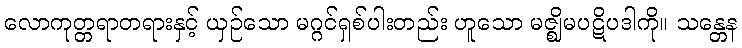
လောကုတ္တရာတရားနှင့် ယှဉ်သော မဂ္ဂင်ရှစ်ပါးတည်း ဟူသော မဇ္ဈိမပဋိပဒါကို။ သန္တေန